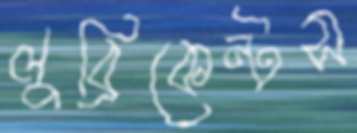
লুব্রিকেন্টস